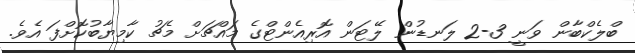
ބްލެކްބާން ވަނީ 3-2 ލަނޑުން ލޭޓަން އޮރިއެންޓްގެ މައްޗަށް މެޗު ކާމިޔާބުކޮށްފަ އެވެ.